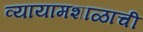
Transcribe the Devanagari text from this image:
व्यायामशाळाची